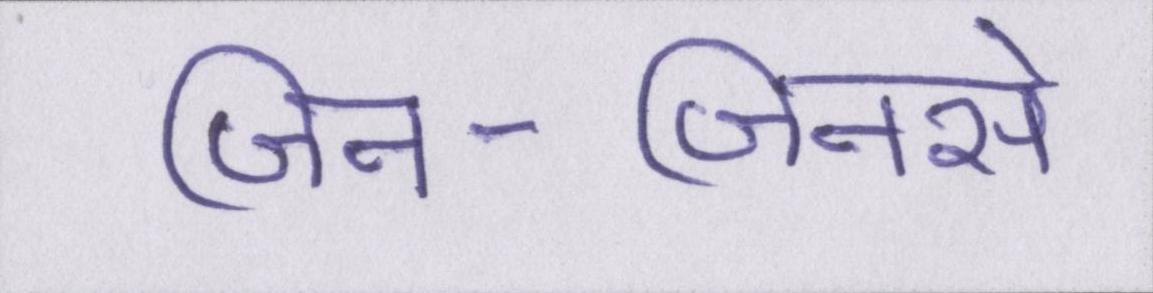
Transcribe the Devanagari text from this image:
जिन-जिनसे